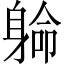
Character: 𨉟